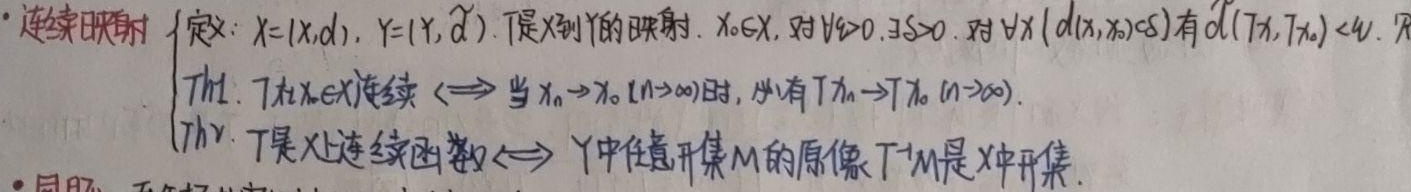
连续映射定义：\(X = (X, d)\)，\(Y = (Y, \widetilde{d})\)。\(T\)是\(X\)到\(Y\)的映射，\(x_0 \in X\)。对\(\forall \varepsilon > 0\)，\(\exists \delta > 0\)，对\(\forall x\)（满足\(d(x, x_0) < \delta\)）有\(\widetilde{d}(Tx, Tx_0) < \varepsilon\)。

Th1. \(T\)在\(x_0 \in X\)连续\(\Leftrightarrow\)当\(x_n \to x_0\)（\(n \to \infty\)）时，必有\(Tx_n \to Tx_0\)（\(n \to \infty\)）。

Th2. \(T\)是\(X\)上连续函数\(\Leftrightarrow\) \(Y\)中任意开集\(M\)的原像\(T^{-1}M\)是\(X\)中开集。